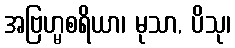
အဗြဟ္မစရိယာ၊ မုသာ, ပိသု၊